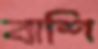
বাশি